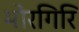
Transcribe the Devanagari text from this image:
भोरगिरि